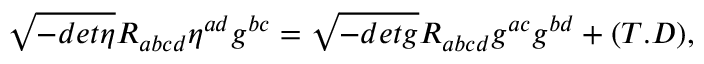
\sqrt { - d e t \eta } R _ { a b c d } \eta ^ { a d } g ^ { b c } = \sqrt { - d e t g } R _ { a b c d } g ^ { a c } g ^ { b d } + ( T . D ) ,